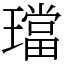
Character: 璫